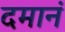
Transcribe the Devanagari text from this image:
दमानं